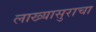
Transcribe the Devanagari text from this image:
लाख्यासुराचा